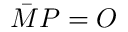
{ \bar { M } } P = O